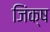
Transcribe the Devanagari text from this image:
जिंक्ष